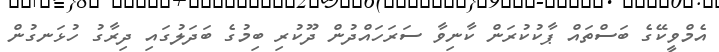
އެމްވީކޭގެ ބަސްތައް ޕާކުކުރަން ކާނިވާ ސަރަހައްދުން ދޫކުރި ބިމުގެ ބަދަލުގައި ދިރާގު ހުޅަނގުން